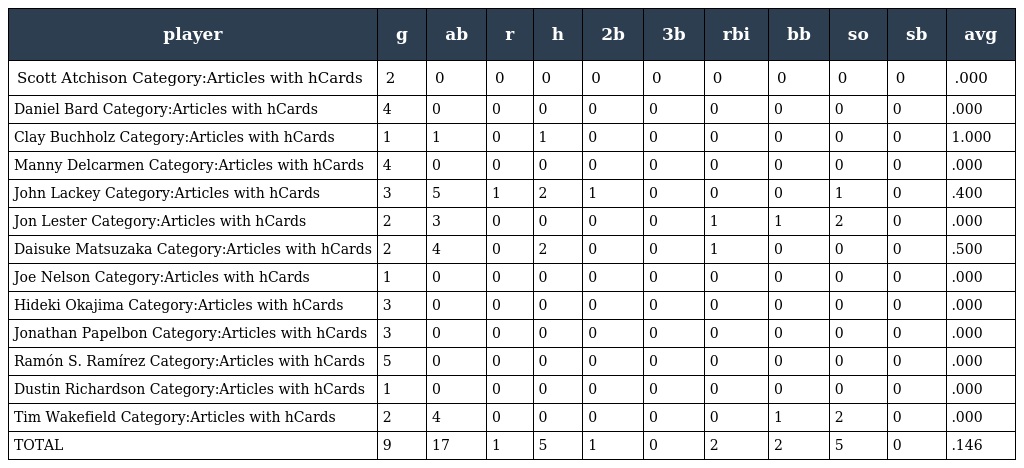
| player | g | ab | r | h | 2b | 3b | rbi | bb | so | sb | avg |
 | --- | --- | --- | --- | --- | --- | --- | --- | --- | --- | --- | --- |
 | Scott Atchison Category:Articles with hCards | 2 | 0 | 0 | 0 | 0 | 0 | 0 | 0 | 0 | 0 | .000 |
 | Daniel Bard Category:Articles with hCards | 4 | 0 | 0 | 0 | 0 | 0 | 0 | 0 | 0 | 0 | .000 |
 | Clay Buchholz Category:Articles with hCards | 1 | 1 | 0 | 1 | 0 | 0 | 0 | 0 | 0 | 0 | 1.000 |
 | Manny Delcarmen Category:Articles with hCards | 4 | 0 | 0 | 0 | 0 | 0 | 0 | 0 | 0 | 0 | .000 |
 | John Lackey Category:Articles with hCards | 3 | 5 | 1 | 2 | 1 | 0 | 0 | 0 | 1 | 0 | .400 |
 | Jon Lester Category:Articles with hCards | 2 | 3 | 0 | 0 | 0 | 0 | 1 | 1 | 2 | 0 | .000 |
 | Daisuke Matsuzaka Category:Articles with hCards | 2 | 4 | 0 | 2 | 0 | 0 | 1 | 0 | 0 | 0 | .500 |
 | Joe Nelson Category:Articles with hCards | 1 | 0 | 0 | 0 | 0 | 0 | 0 | 0 | 0 | 0 | .000 |
 | Hideki Okajima Category:Articles with hCards | 3 | 0 | 0 | 0 | 0 | 0 | 0 | 0 | 0 | 0 | .000 |
 | Jonathan Papelbon Category:Articles with hCards | 3 | 0 | 0 | 0 | 0 | 0 | 0 | 0 | 0 | 0 | .000 |
 | Ramón S. Ramírez Category:Articles with hCards | 5 | 0 | 0 | 0 | 0 | 0 | 0 | 0 | 0 | 0 | .000 |
 | Dustin Richardson Category:Articles with hCards | 1 | 0 | 0 | 0 | 0 | 0 | 0 | 0 | 0 | 0 | .000 |
 | Tim Wakefield Category:Articles with hCards | 2 | 4 | 0 | 0 | 0 | 0 | 0 | 1 | 2 | 0 | .000 |
 | TOTAL | 9 | 17 | 1 | 5 | 1 | 0 | 2 | 2 | 5 | 0 | .146 |